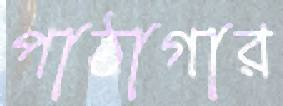
পাঠাগার